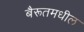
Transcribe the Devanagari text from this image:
बैरूतमधील